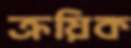
ক্রয়িক